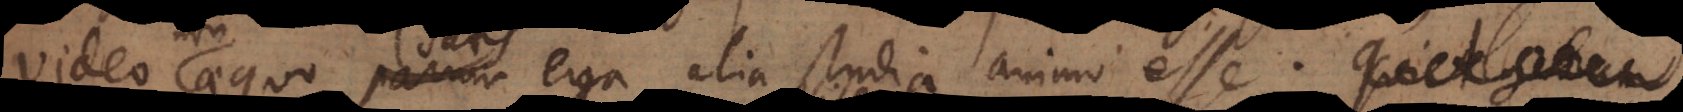
equo satis erga alia studia animo esse. Mat